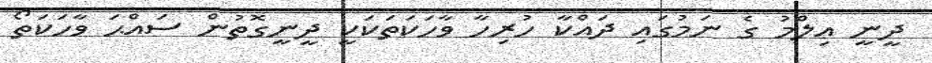
ދީނީ ޢިލްމު ގެ ނަމުގައި ދައްކާ ހުރިހާ ވާހަކަތަކަކީ ދީނީގޮތުން ސައްޙަ ވާހަކަތޯ